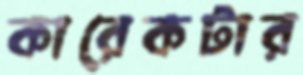
কারেকটার